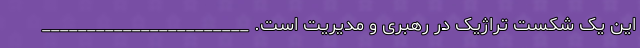
این یک شکست تراژیک در رهبری و مدیریت است. _______________________